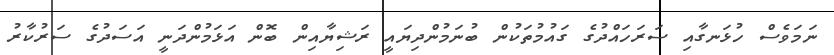
ނަމަވެސް ހުޅަނގާއި ސަރަހައްދުގެ ގައުމުތަކުން ބުނަމުންދިޔައީ ރަޝިޔާއިން ބޮން އަޅަމުންދަނީ އަސަދުގެ ސަރުކާރު